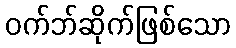
ဝက်ဘ်ဆိုက်ဖြစ်သော